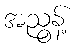
အညွန့်